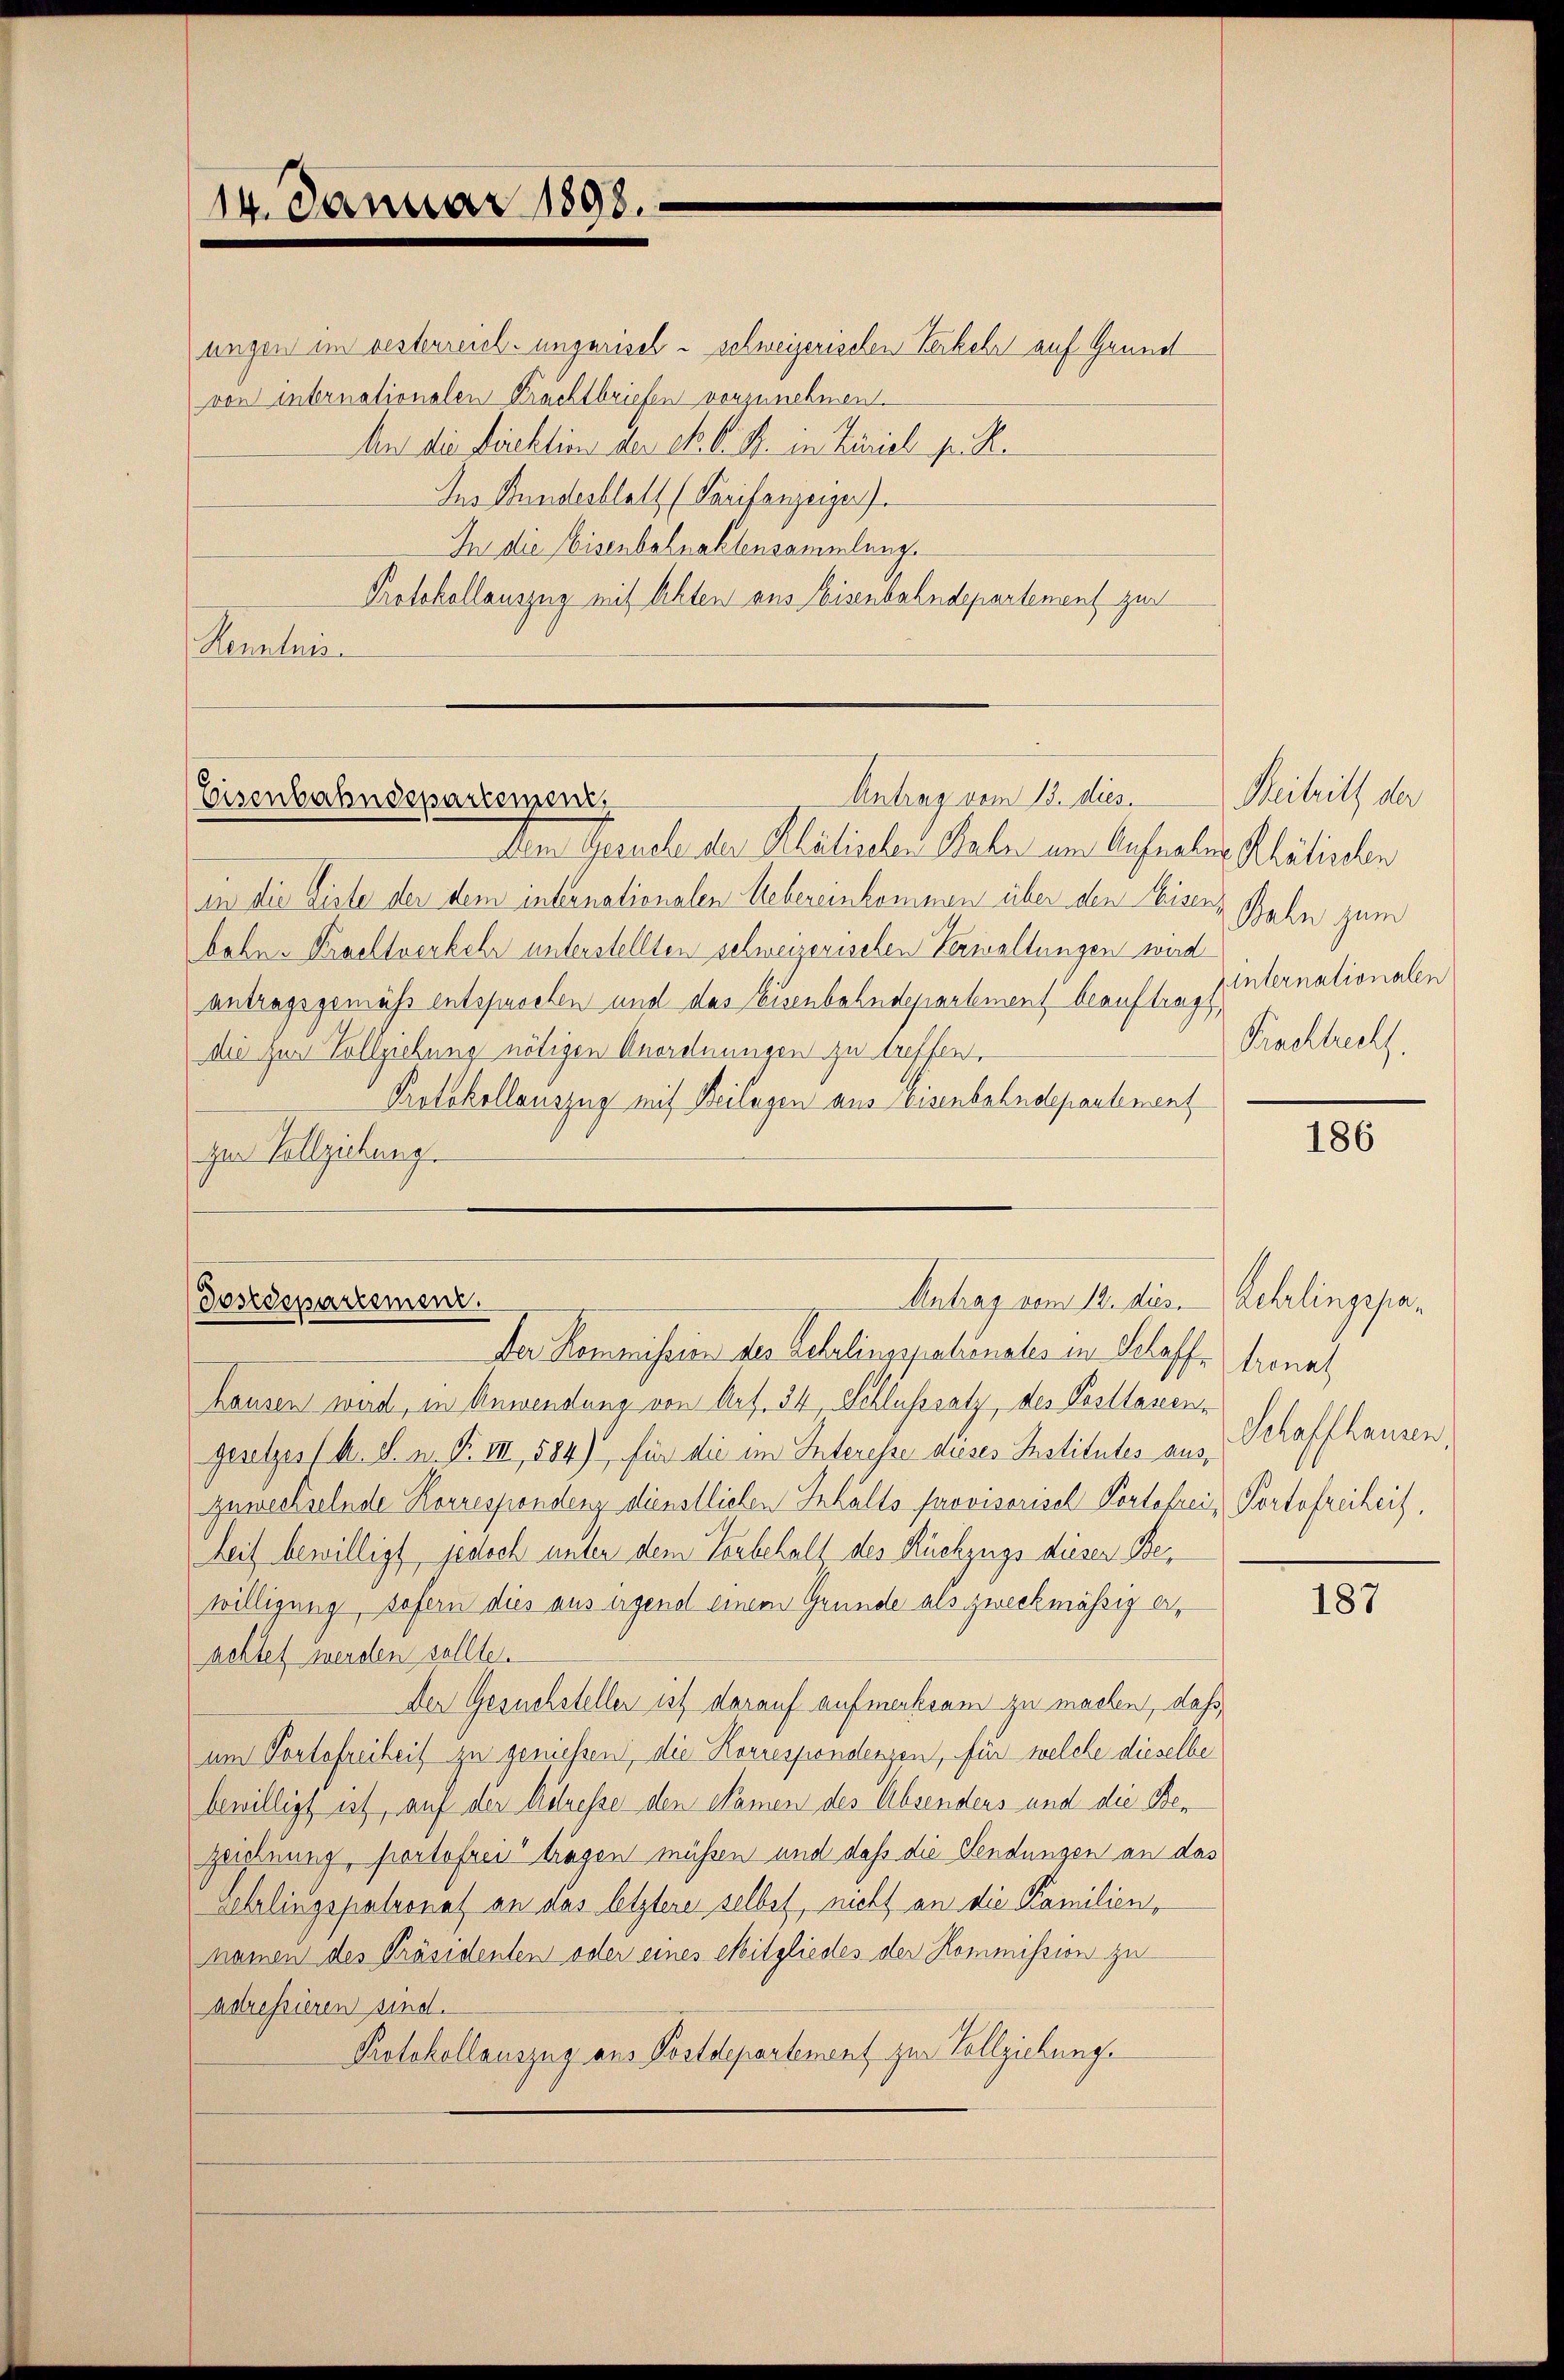
14. Januar 1898.

ungen im besterreich. ungerisch - schweizerischen Verkehr auf Grund
von internationalen Krachtbriefen vorzunehmen.
An die Direktion der et. l. S. in Zürich s. R.
Ins Bundesblatt (Tarifenzeiger
In die Eisenbahnaktensammlung.
Protokollauszug mit Achten aus Heisenbahndepartement zur
Senaten

Antrag vom 13. dies
Eisenbahndepartement,

Dem Gerechen der Militischen Stabe um Aufnalis Kritischen
in die Liste der dem internationalen Uebereinkommen über den Heiser Bahn zum
bahne Krachtverkehr unterstellten schweizerischen Verwaltungen wird
antragsgemäß entsprochen und das Eisenbahndepartement beauftrag hinternationalen
die Herr Vollziehung nötigen Anordnungen zu treffen.
Protokollauszug mit Beilagen aus Eisenbahndepartement
zur Vollziehung.

Antrag vom 12. des Rehrlingepa¬
Postdepartement.

Beitritt der
Frachtrecht.

Der Kommission der Behelinspationales in Schaffe trennt
hausen wird, in Anwendung von Art. 34, Schlusssatz, des Posttassene
gesetzes h. d. u. No III, 584) für die im Interesse dieses Institutes auszuwechselnde Korrespondenz dienstlichen Inhalts Provisorisch Portofrei Portofreiheit,
heit bewilligt, jedoch unter dem Vorbehalt des Rückzugs dieser Bewilligung, sofern dies aus irgend einem Grunde als zweckmässig erachtet werden sollte.
Der Gesuchsteller ist darauf aufmerksam zu machen, daß,
um Portofreiheit zu geniessen, die Korrespondenzen, für welche dieselbe
bewilligt ist, auf der Adresse den Namen des Absenders und die Bezeichnung, portofrei tragen müssen und daß die Sendungen an das
Ehrlingspatronat an das letztere selbst, nicht an die Familien,
namen des Präsidenten oder eines Mitgliedes der Kommission zu
adressieren sind.
Protokollauszug aus Postdepartement zur Vollziehungs

186

Schaffhausen,

187